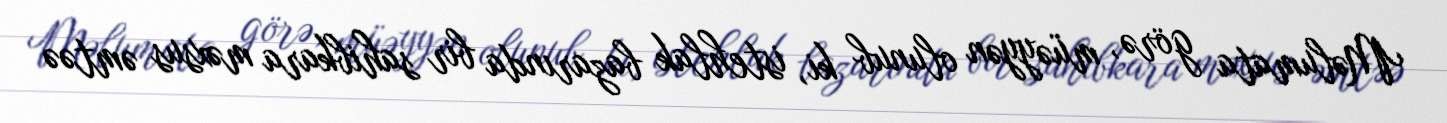
Məlumata görə, müəyyən olunub ki, istehlak bazarında bir sahibkara məxsus əmtəə